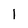
Character: l